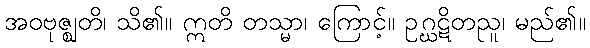
အဝဗုဇ္ဈတိ၊ သိ၏။ ဣတိ တသ္မာ၊ ကြောင့်။ ဥဂ္ဃဋိတညူ၊ မည်၏။